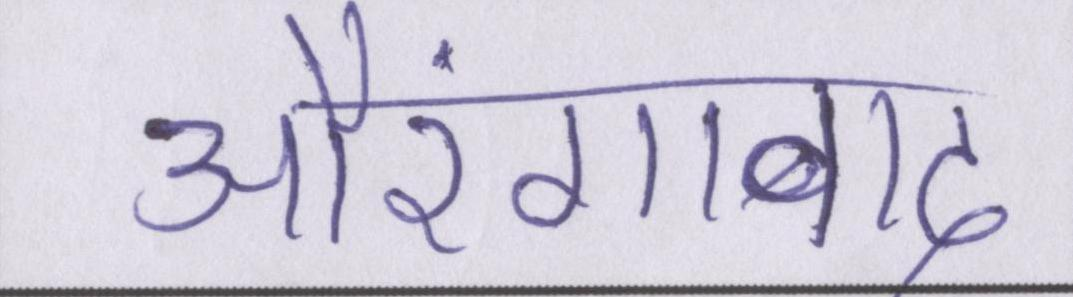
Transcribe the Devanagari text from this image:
औरंगाबाद